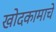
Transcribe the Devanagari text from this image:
खोदकामाचे